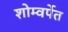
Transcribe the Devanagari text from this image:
शोम्वर्पेत